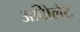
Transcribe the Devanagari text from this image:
अविोलेट